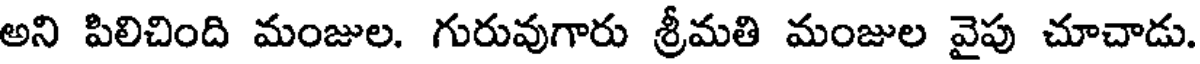
అని పిలిచింది మంజుల. గురువుగారు శ్రీమతి మంజుల వైపు చూచాడు.